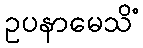
ဥပနာမေသိံ